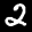
Label: 2